Laidoner,_Johan, lk 135
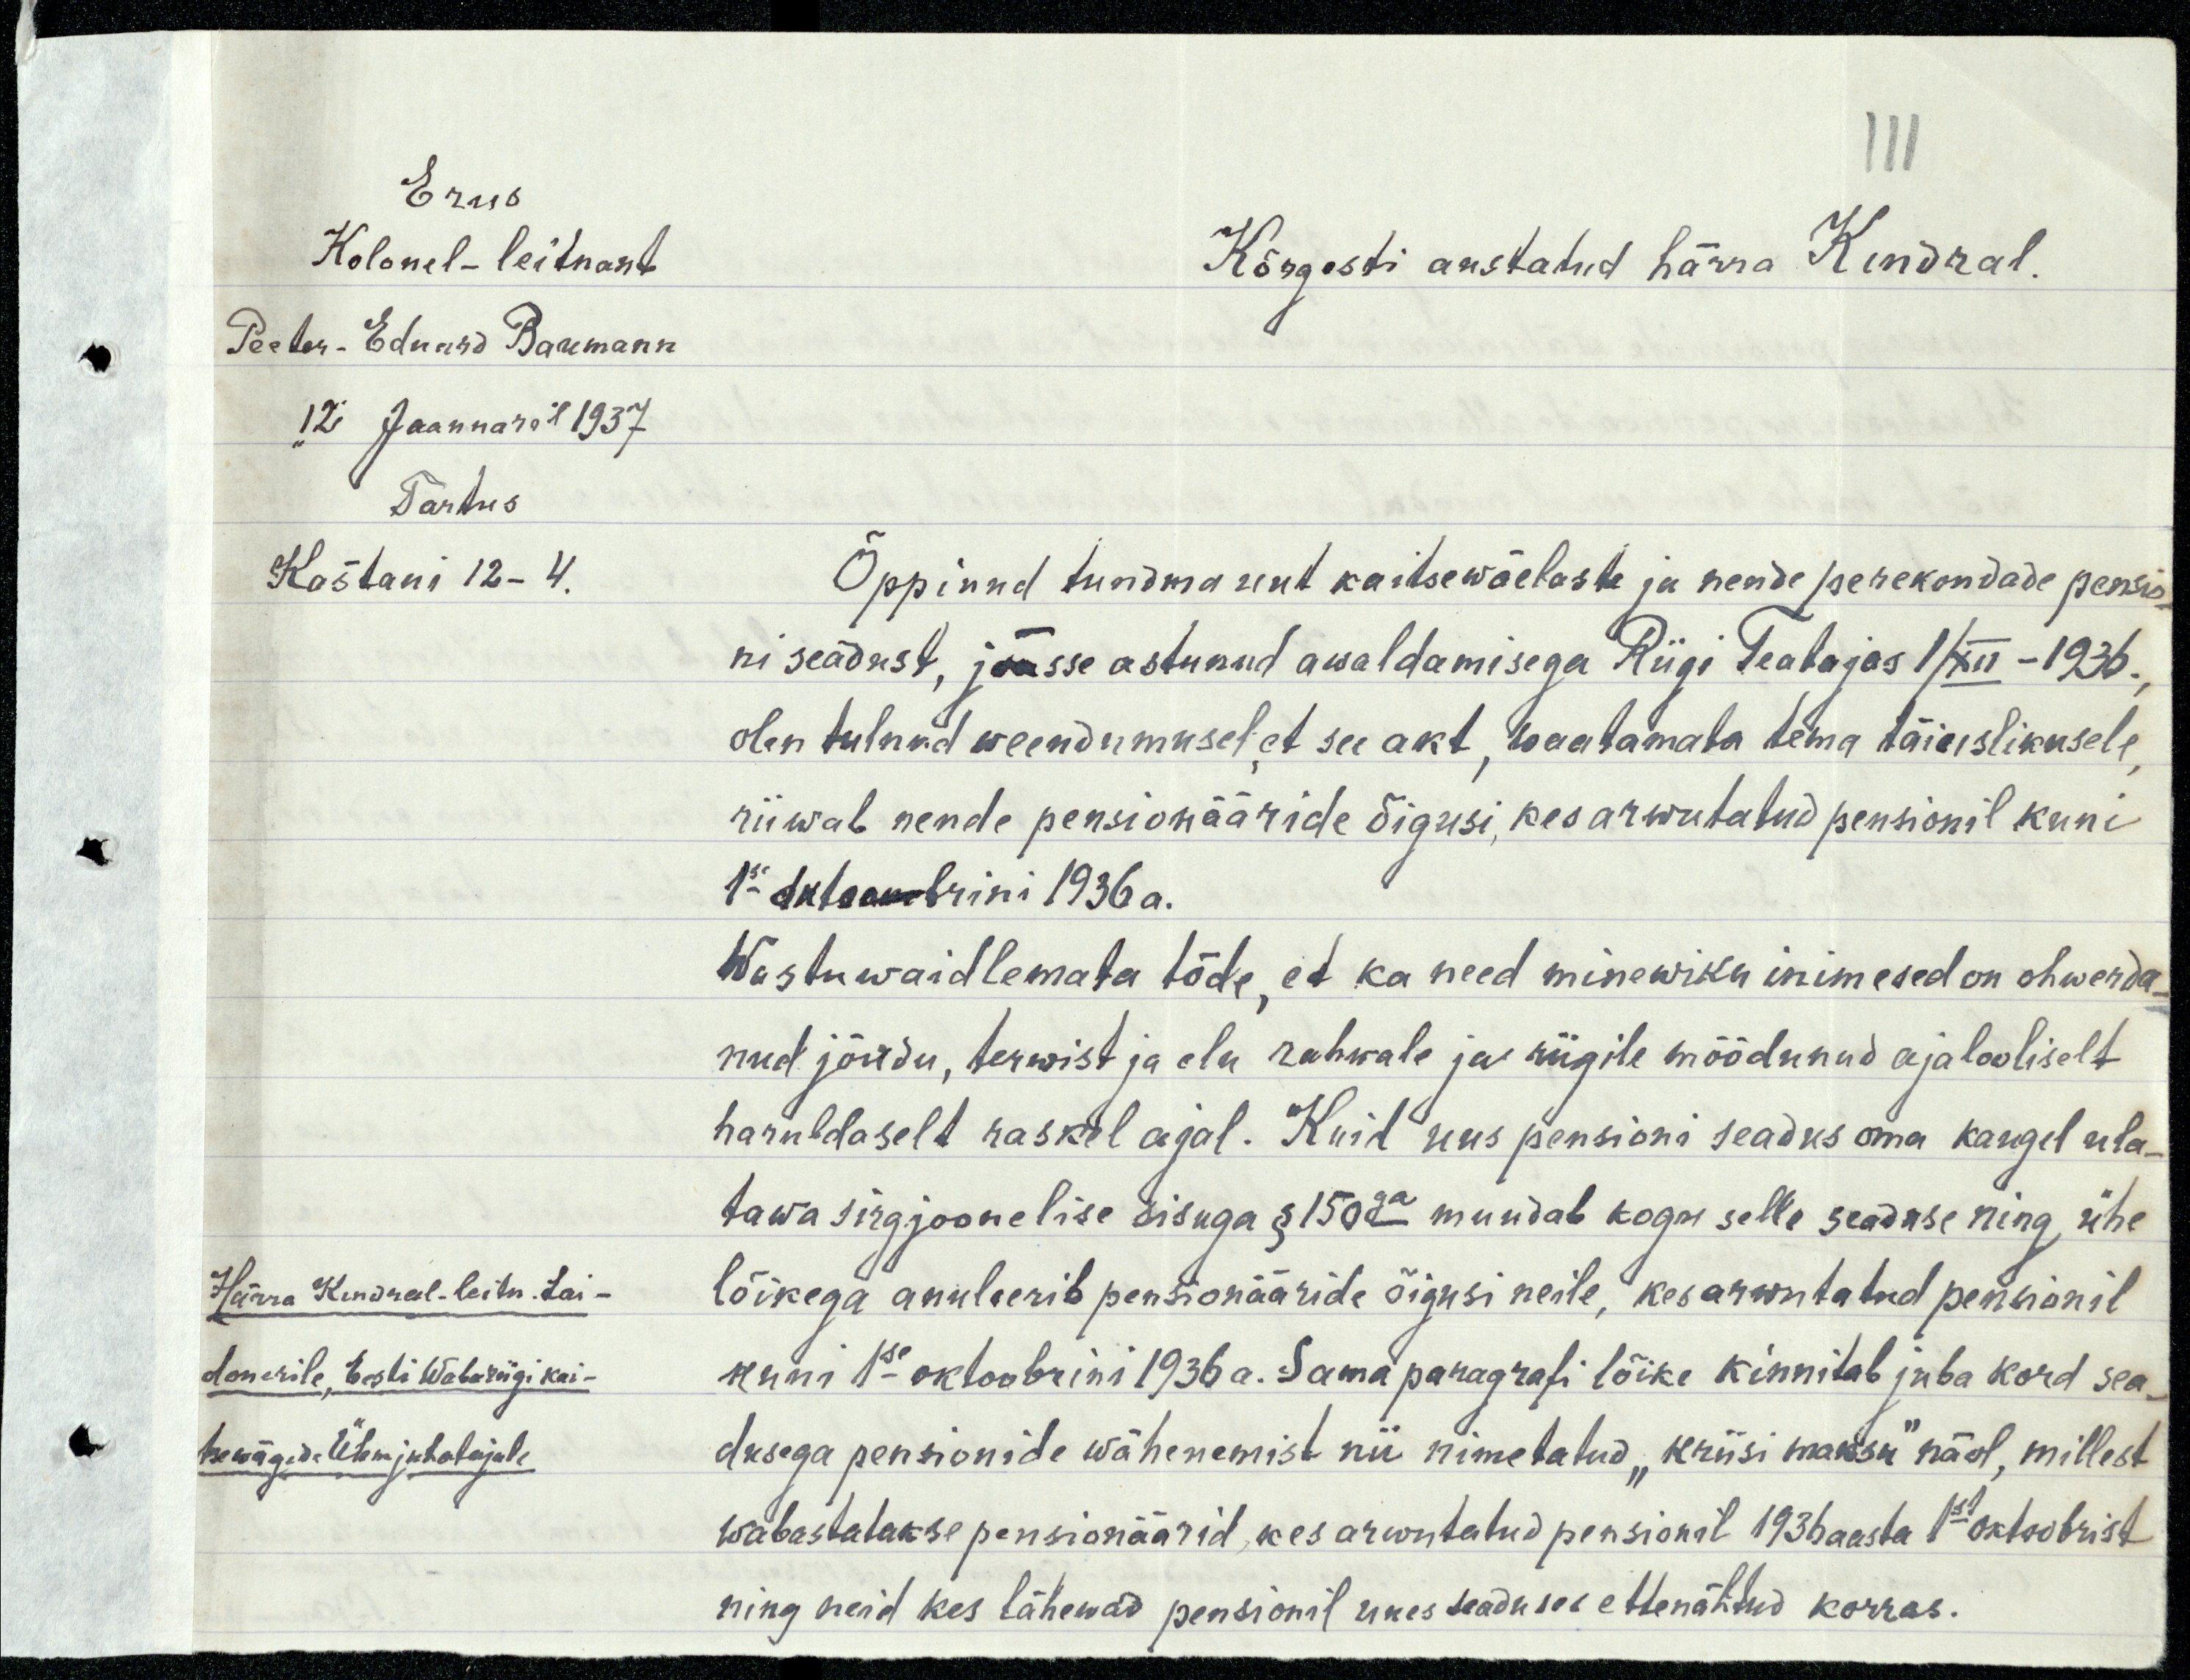
III
Erus
Kolonel - leitnant
Kõrgesti austatud härra Kindral.
Peeter - Eduard Baumann
"12 Jaanuaril 1937
Tartus
Kastani 12-4.
Õppinud tundma uut kaitsewäelaste ja nende perekondade pensio-
ni seadust, jäässe astunud awaldamisega Riigi Teatajas 1/XII - 1936.
olen tulnud weendumusel et see akt, waatamata tema täiuslikusele
riiwab nende pensionääride õigusi, kes arwutatud pensionil kuni
1se oktoobrini 1936 a.
Wastu waidlemata tõde, et ka need minewiku inimesed on ohwerda-
nud jõudu, terwist ja elu rahwale ja riigile möödunud ajalooliselt
haruldaselt raskal ajal. Kuid uus pensioni seadus oma kaugel ula-
tawa sirgjoonelise sisuga § 150ga muudab kogu selle seaduse ning ühe
lõikega anuleerib pensionääride õigusi neile, kes arwutatud pensionil
kuni 1se oktoobrini 1936a. Sama paragrafi lõike kinnitab juba kord sea
dusega pensionide wähenemist nii nimetatud "kriisi maksu" näol, millest
wabastatakse pensionäärid, kes arwatatud pensionil 1936 aasta 1st oktoobrist
ning neid kes lähewad pensionil uues seaduses ettenähtud korras.
Härra Kindral-leitn. Lai-
donerile, Eesti Wabariigi kai-
tsewägede Ülemjuhatajale